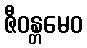
ဇီဝန္တမေဝ